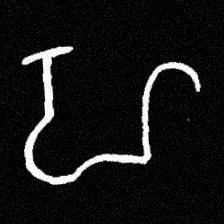
Pyu character \u2014 Myanmar letter: ဟ (romanized: ha)